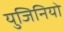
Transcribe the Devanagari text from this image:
युजिनियो